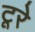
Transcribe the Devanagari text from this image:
टूरे